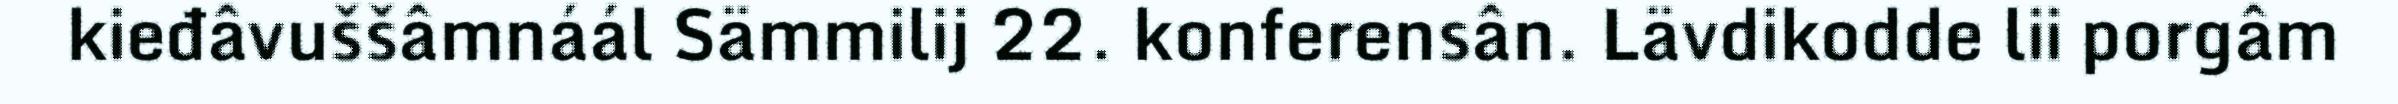
kieđâvuššâmnáál Sämmilij 22. konferensân. Lävdikodde lii porgâm